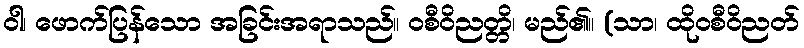
ဝါ၊ ဖောက်ပြန်သော အခြင်းအရာသည်။ ဝစီဝိညတ္တိ၊ မည်၏။ (သာ၊ ထိုဝစီဝိညတ်